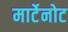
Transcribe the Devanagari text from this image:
मार्टेनोट